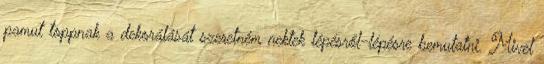
pamut toppnak a dekorálását szeretném nektek lépésről-lépésre bemutatni. Mivel